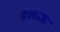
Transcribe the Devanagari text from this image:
हलाऊ